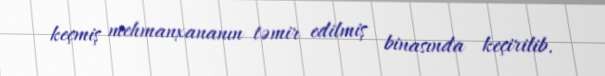
keçmiş mehmanxananın təmir edilmiş binasında keçirilib.